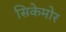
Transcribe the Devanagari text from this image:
सिकेमोर